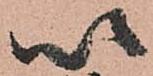
以